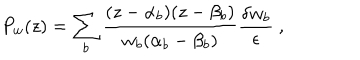
LaTeX: P _ { w } ( z ) = \sum _ { b } \frac { ( z - \alpha _ { b } ) ( z - \beta _ { b } ) } { w _ { b } ( \alpha _ { b } - \beta _ { b } ) } \frac { \delta w _ { b } } { \epsilon } \ ,